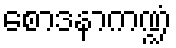
စောဒနာကဏ္ဍံ